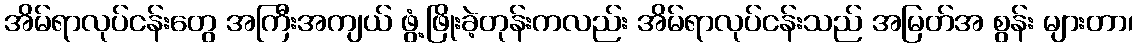
အိမ်ရာလုပ်ငန်းတွေ အကြီးအကျယ် ဖွံ့ဖြိုးခဲ့တုန်းကလည်း အိမ်ရာလုပ်ငန်းသည် အမြတ်အ စွန်း များတာ၊